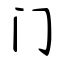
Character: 门